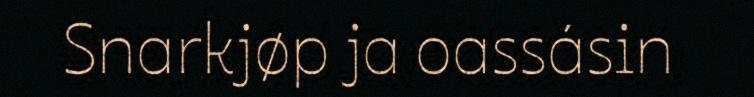
Snarkjøp ja oassásin